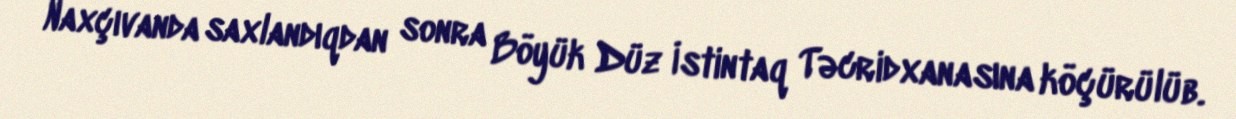
Naxçıvanda saxlandıqdan sonra Böyük Düz İstintaq Təcridxanasına köçürülüb.